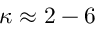
\kappa \approx 2 - 6